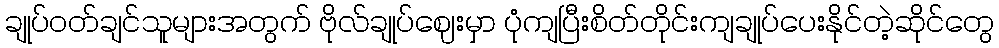
ချုပ်ဝတ်ချင်သူများအတွက် ဗိုလ်ချုပ်ဈေးမှာ ပုံကျပြီးစိတ်တိုင်းကျချုပ်ပေးနိုင်တဲ့ဆိုင်တွေ